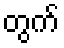
တွက်